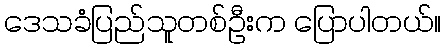
ဒေသခံပြည်သူတစ်ဦးက ပြောပါတယ်။